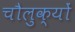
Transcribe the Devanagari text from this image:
चौलुक्यों